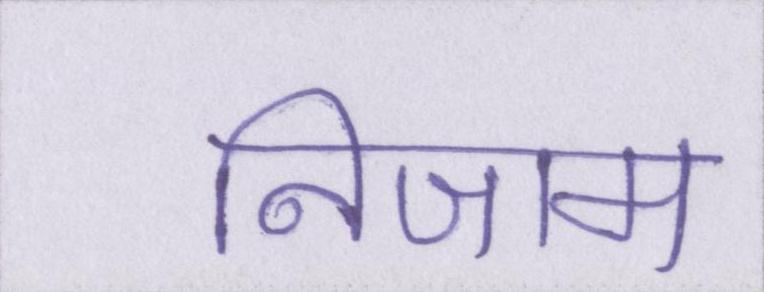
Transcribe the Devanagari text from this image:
निजाम